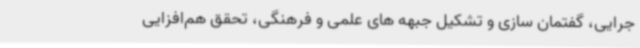
جرایی، گفتمان سازی و تشکیل جبهه های علمی و فرهنگی، تحقق هم‌افزایی